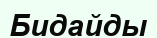
Бидайды